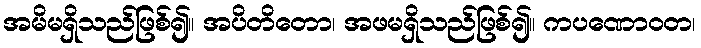
အမိမရှိသည်ဖြစ်၍။ အပိတိတော၊ အဖမရှိသည်ဖြစ်၍။ ကပဏောဝတ၊